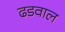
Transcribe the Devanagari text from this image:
ढडवाल